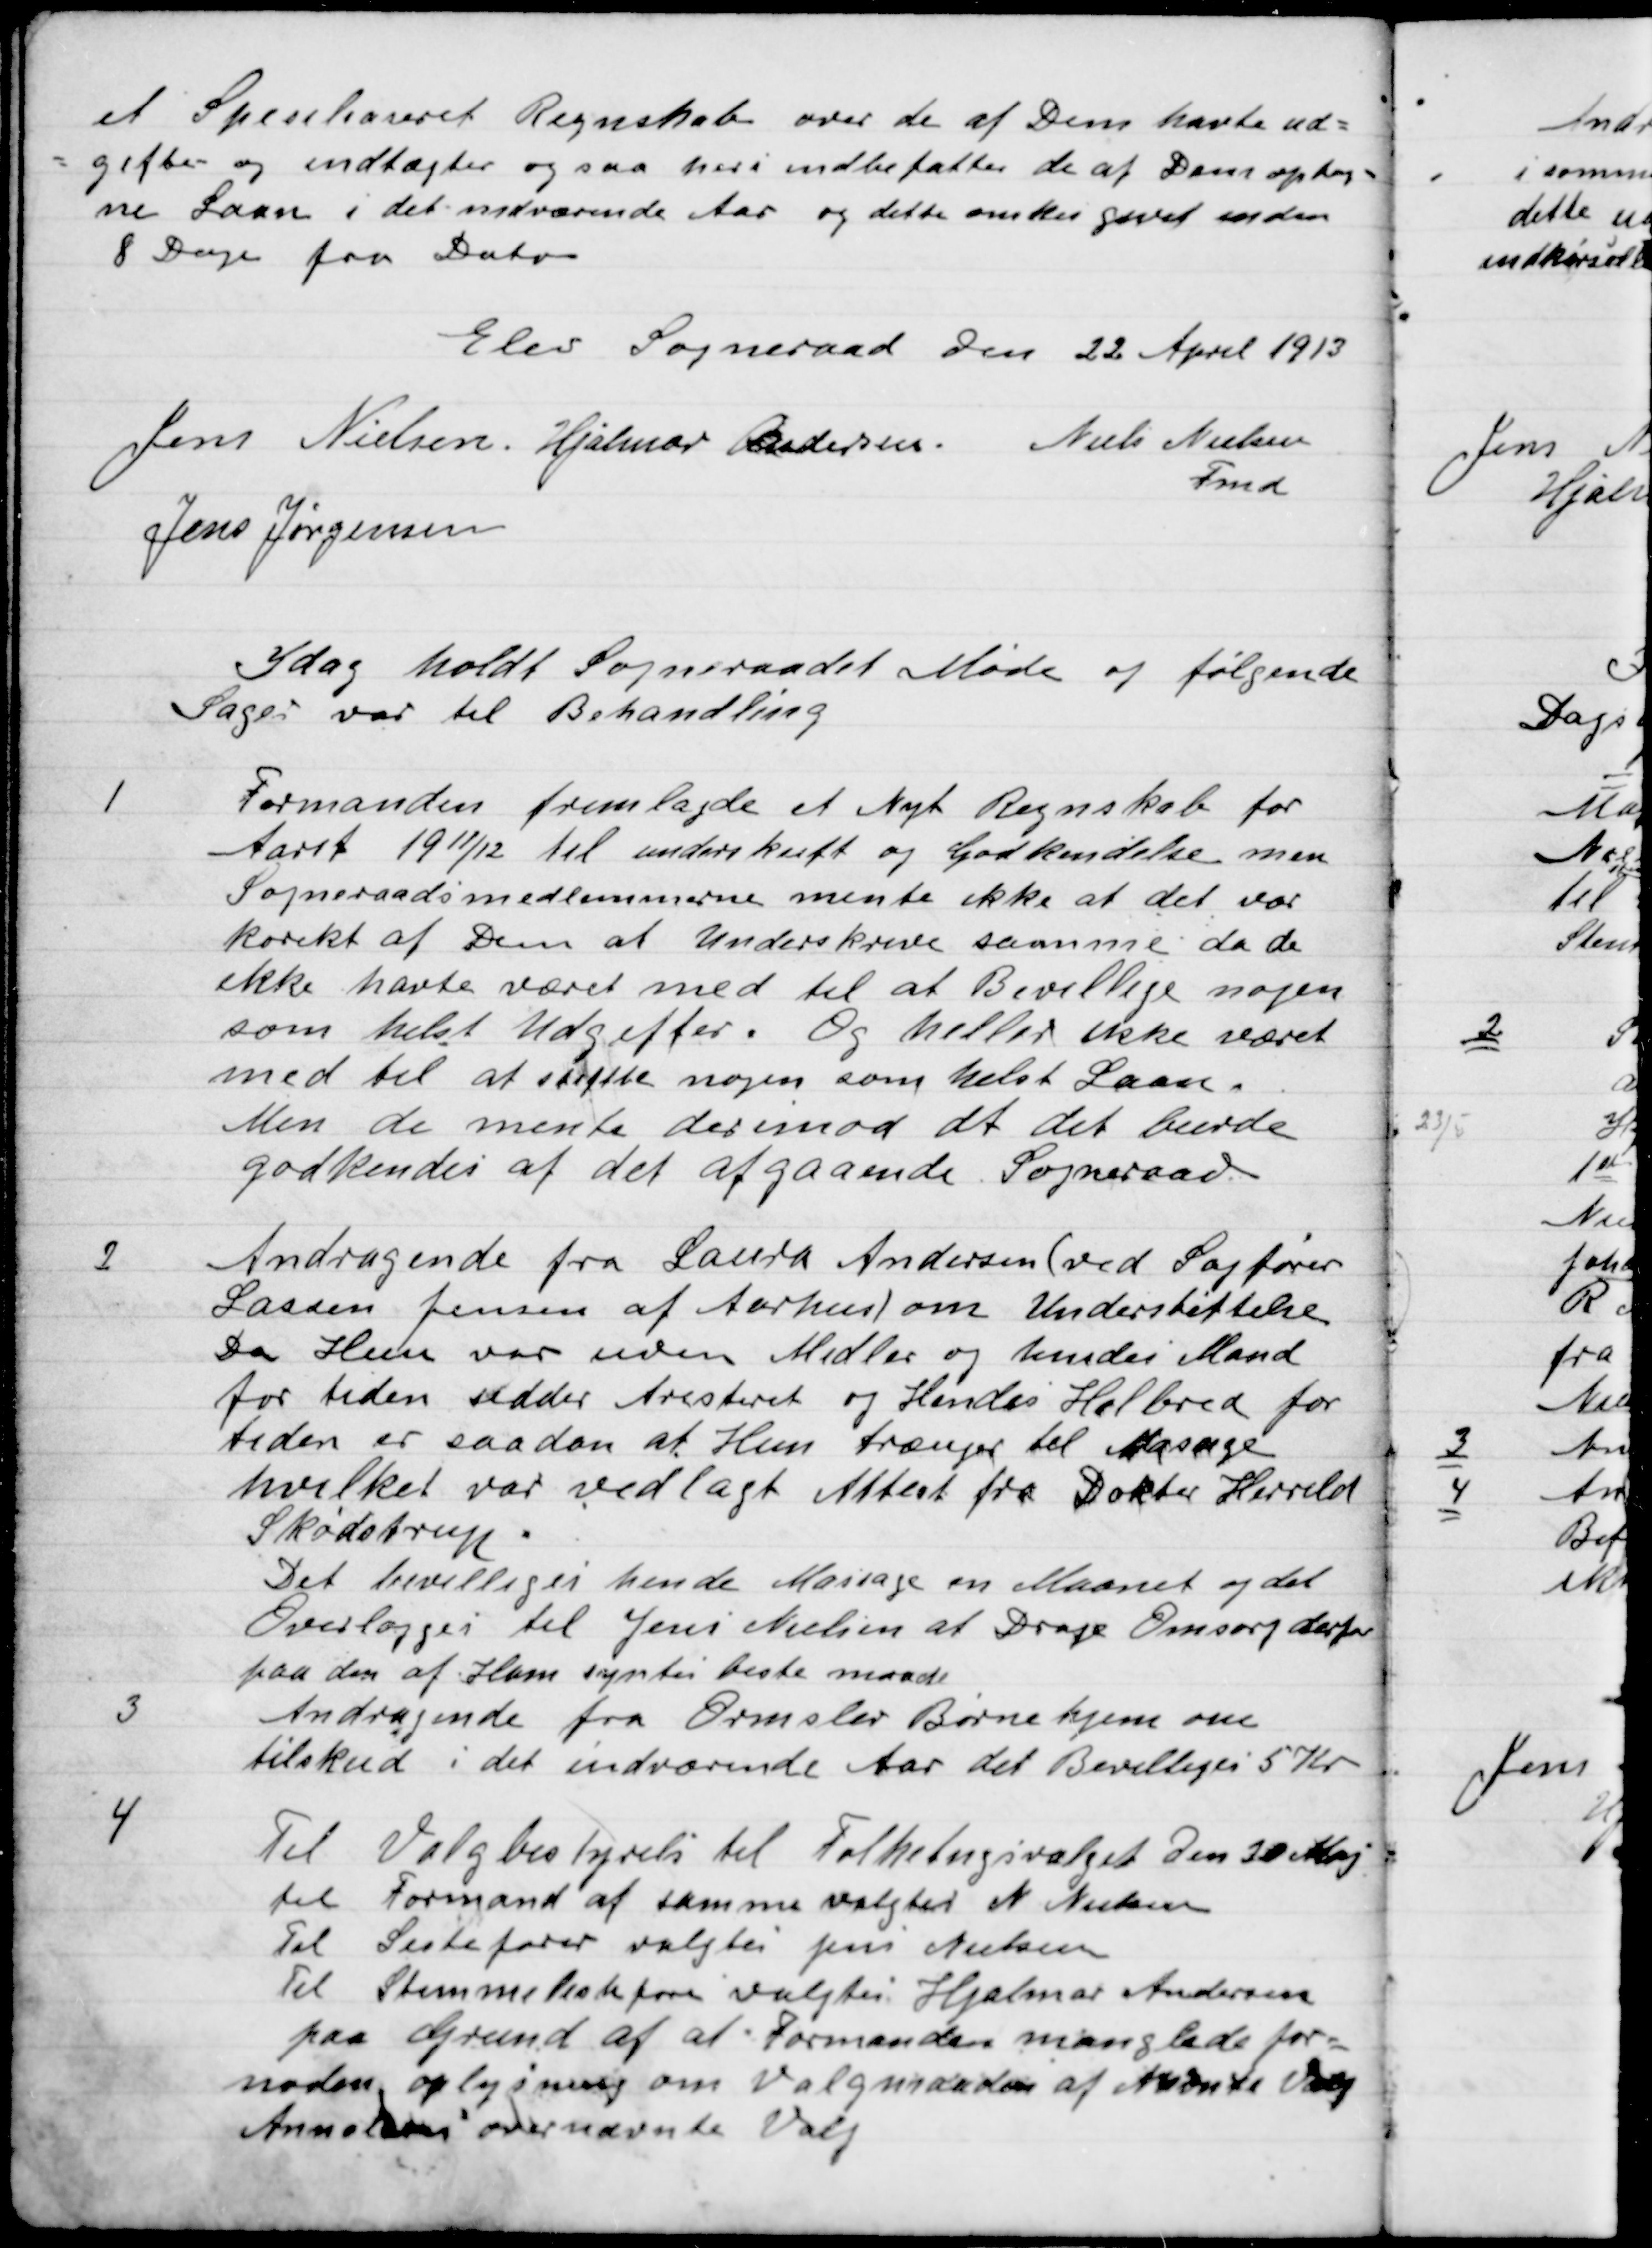
Transskription:
et Specialiseret  Regnskab over de af Dem havde ud-
gifter og indtægter og saa heri indbefattes de af Dem optag-
ne Laan i det nuværende Aar og dette ønskes givet inden
8 dage fra Dato.

Elev Sogneraad den 22 April 1913

Jens Nielsen
Hjalmar Andersen
Niels Nielsen
Fmd.
Jens Jørgensen

I dag holdt Sogneraadet Møde og følgende
Sager var til Behandling

1

Formanden fremlagde et Nyt Regnskab for
Aaret 1911/12 til underskrift og Godkendelse men
Sogneraads medlemmerne mente ikke at det var
Korrekt af Dem at Underskrive samme da de
Ikke havde været med til at Bevilge nogen
som helst Udgifter. Og heller ikke været
med til at støtte nogen som helst Laan.
Men de mente derimod at det burde
Godkendes af det afgaaende Sogneraad.

2

Andragende fra Laura Andersen (ved Sagfører
Lassen Jensen af Aarhus) om Understøttelse
Da Hun var uden Midler og hendes Mand
for tiden siddet Arresteret og Hendes Helbred for
tiden er saadan at Hun trænger til Massage
hvilket var vedlagt Attest fra Doktor Harrild
Skødstrup.
Det bevilliges hende Massage en Maanet og det
Overlagdes til Jens Nielsen at Drage Omsorg derfor
paa den af Ham syntes bedste maade.

3

Andragende fra Omslev Børnehjem om
tilskud i det indeværende Aar det Bevilliges 5 Kr.

4

Til Valgbestyrelse til Folketingsvalget Den 20 Maj
til Formand af samme valgtes N. Nielsen
Til Listefører valgtes Jens Nielsen
Til Stemmelistefører valgtes Hjalmar Andersen
paa Grund af at formanden manglede for-
nøden oplysning om Valgmaaden af Aarhus Viby
Anmeldes ovennævnte Valg